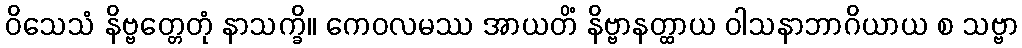
ဝိသေသံ နိဗ္ဗတ္တေတုံ နာသက္ခိ။ ကေဝလမဿ အာယတိံ နိဗ္ဗာနတ္ထာယ ဝါသနာဘာဂိယာယ စ သဗ္ဗာ